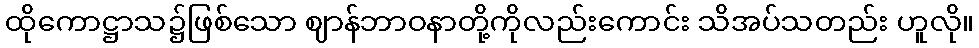
ထိုကောဋ္ဌာသ၌ဖြစ်သော ဈာန်ဘာဝနာတို့ကိုလည်းကောင်း သိအပ်သတည်း ဟူလို။